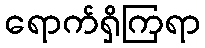
ရောက်ရှိကြရာ